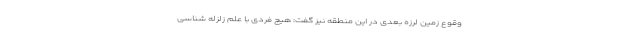
وقوع زمین لرزه بعدی در این منطقه نیز گفت: هیچ فردی با علم زلزله شناسی